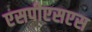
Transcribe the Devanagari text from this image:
एसपीएसएस